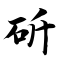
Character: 斫